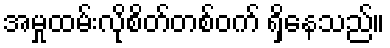
အမှုထမ်းလိုစိတ်တစ်ဝက် ရှိနေသည်။